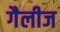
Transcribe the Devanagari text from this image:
गैलीज